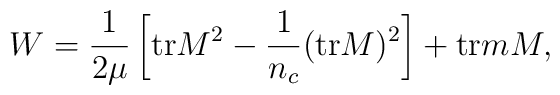
W = \frac{1}{2\mu} \left[ {\rm tr}M^{2} - \frac{1}{n_{c}}({\rm tr}M)^{2}		\right] + {\rm tr} m M,